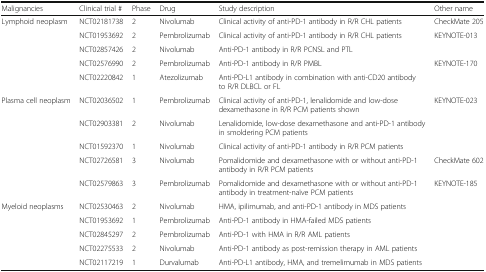
| Malignancies | Clinical trial # | Phase | Drug | Study description | Other name |
 | --- | --- | --- | --- | --- | --- |
 | <ROWSPAN=5> Lymphoid neoplasm | NCT02181738 | 2 | Nivolumab | Clinical activity of anti-PD-1 antibody in R/R CHL patients | CheckMate 205 |
 | NCT01953692 | 2 | Pembrolizumab | Clinical activity of anti-PD-1 antibody in R/R CHL patients | KEYNOTE-013 |
 | NCT02857426 | 2 | Nivolumab | Anti-PD-1 antibody in R/R PCNSL and PTL |  |
 | NCT02576990 | 2 | Pembrolizumab | Anti-PD-1 antibody in R/R PMBL | KEYNOTE-170 |
 | NCT02220842 | 1 | Atezolizumab | Anti-PD-L1 antibody in combination with anti-CD20 antibody to R/R DLBCL or FL |  |
 | <ROWSPAN=5> Plasma cell neoplasm | NCT02036502 | 1 | Pembrolizumab | Clinical activity of anti-PD-1, lenalidomide and low-dose dexamethasone in R/R PCM patients shown | KEYNOTE-023 |
 | NCT02903381 | 2 | Nivolumab | Lenalidomide, low-dose dexamethasone and anti-PD-1 antibody in smoldering PCM patients |  |
 | NCT01592370 | 1 | Nivolumab | Clinical activity of anti-PD-1 antibody in R/R PCM patients |  |
 | NCT02726581 | 3 | Nivolumab | Pomalidomide and dexamethasone with or without anti-PD-1 antibody in R/R PCM patients | CheckMate 602 |
 | NCT02579863 | 3 | Pembrolizumab | Pomalidomide and dexamethasone with or without anti-PD-1 antibody in treatment-naïve PCM patients | KEYNOTE-185 |
 | <ROWSPAN=5> Myeloid neoplasms | NCT02530463 | 2 | Nivolumab | HMA, ipilimumab, and anti-PD-1 antibody in MDS patients |  |
 | NCT01953692 | 1 | Pembrolizumab | Anti-PD-1 antibody in HMA-failed MDS patients |  |
 | NCT02845297 | 2 | Pembrolizumab | Anti-PD-1 with HMA in R/R AML patients |  |
 | NCT02275533 | 2 | Nivolumab | Anti-PD-1 antibody as post-remission therapy in AML patients |  |
 | NCT02117219 | 1 | Durvalumab | Anti-PD-L1 antibody, HMA, and tremelimumab in MDS patients |  |